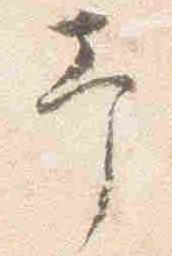
予